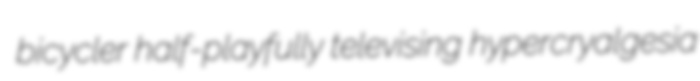
bicycler half-playfully televising hypercryalgesia